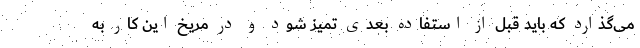
می‌گذارد که باید قبل از استفاده بعدی تمیز شود و در مریخ این کار به